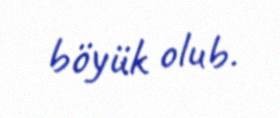
böyük olub.